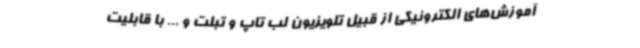
آموزش‌های الکترونیکی از قبیل تلویزیون لب تاپ و تبلت و ... با قابلیت